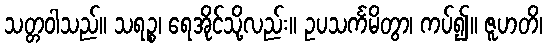
သတ္တဝါသည်။ သရဉ္စ၊ ရေအိုင်သို့လည်း။ ဥပသင်္ကမိတွာ၊ ကပ်၍။ ဇူဟတိ၊